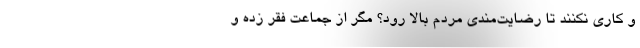
و کاری نکنند تا رضایت‌مندی مردم بالا رود؟ مگر از جماعت فقر زده و